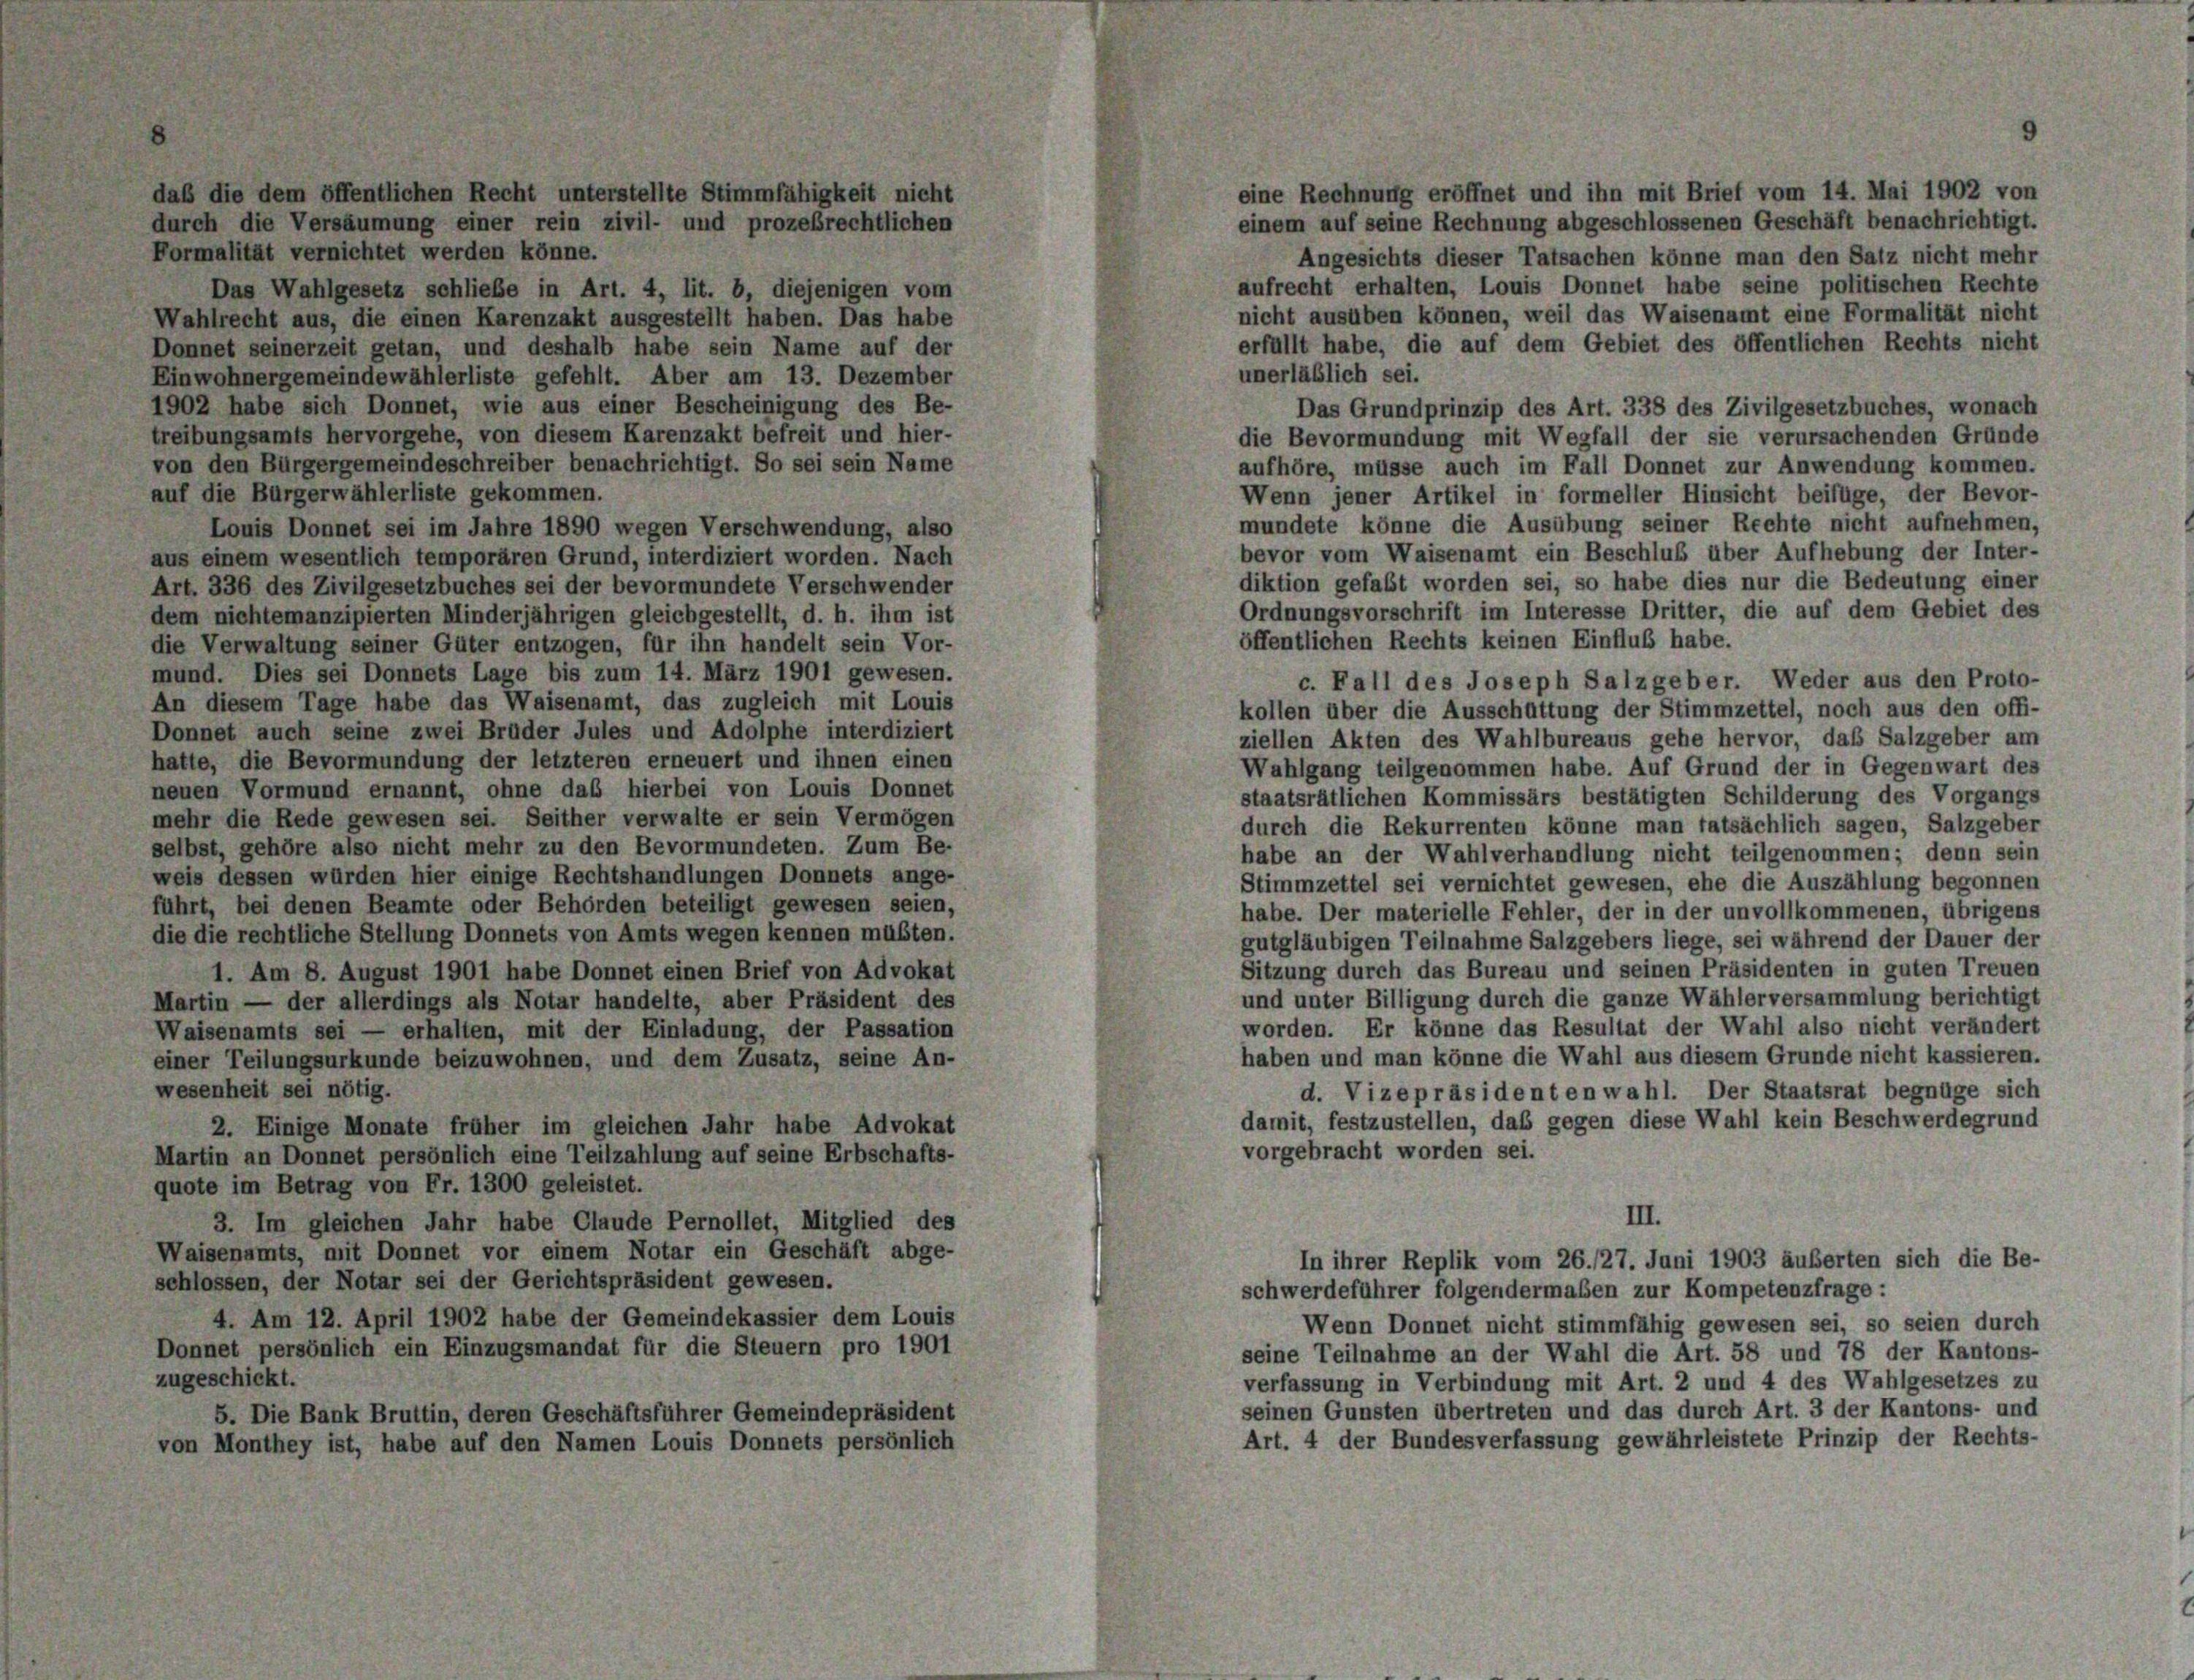
eine Rechnung eröffnet und ihn mit Brief vom 14. Mai 1902 von
daß die dem öffentlichen Recht unterstellte Stimmfähigkeit nicht
einem auf seine Rechnung abgeschlossenen Geschäft benachrichtigt.
durch die Versäumung einer rein zivil- und prozesrechtlichen
Formalität vernichtet werden könne.
Angesichts dieser Tatsachen könne man den Satz nicht mehr
aufrecht erhalten, Louis Donnet habe seine politischen Rechte
Das Wahlgesetz schliebe in Art. 4, lit. b, diejenigen vom
nicht ausüben können, weil das Waisenamt eine Formalität nicht
Wahlrecht aus, die einen Karenzakt ausgestellt haben. Das habe
erfüllt habe, die auf dem Gebiet des öffentlichen Rechts nicht
Donnet seinerzeit getan, und deshalb habe sein Name auf der
unerläßlich sei.
Einwohnergemeindewählerliste gefehlt. Aber am 13. Dezember
1902 habe sich Donnet, wie aus einer Bescheinigung des Be-
Das Grundprinzip des Art. 338 des Zivilgesetzbuches, wonach
treibungsamts hervorgehe, von diesem Karenzakt befreit und hier-
die Bevormundung mit Wegfall der sie verursachenden Gründe
von den Bürgergemeindeschreiber benachrichtigt. So sei sein Name
aufhöre, müsse auch im Fall Donnet zur Anwendung kommen.
auf die Bürgerwählerliste gekommen.
Wenn jener Artikel in formeller Hinsicht beifüge, der Bevor-
mundete könne die Ausübung seiner Rechte nicht aufnehmen,
Louis Donnet sei im Jahre 1890 wegen Verschwendung, also
bevor vom Waisenamt ein Beschluß über Aufhebung der Inter-
aus einem wesentlich temporären Grund, interdiziert worden. Nach
diktion gefaßt worden sei, so habe dies nur die Bedeutung einer
Art. 336 des Zivilgesetzbuches sei der bevormundete Verschwender
Ordnungsvorschrift im Interesse Dritter, die auf dem Gebiet des
dem nichtemanzipierten Minderjährigen gleichgestellt, d. h. ihm ist
öffentlichen Rechts keinen Einflub habe.
die Verwaltung seiner Güter entzogen, für ihn handelt sein Vor-
mund. Dies sei Donnets Lage bis zum 14. März 1901 gewesen.
c. Fall des Joseph Salzgeber. Weder aus den Proto-
An diesem Tage habe das Waisenamt, das zugleich mit Louis
kollen über die Ausschüttung der Stimmzettel, noch aus den offi-
Donnet auch seine zwei Brüder Jules und Adolphe interdiziert
ziellen Akten des Wahlbureaus gehe hervor, daß Salzgeber am
hatte, die Bevormundung der letzteren erneuert und ihnen einen
Wahlgang teilgenommen habe. Auf Grund der in Gegenwart des
neuen Vormund ernannt, ohne das hierbei von Louis Donnet
staatsrätlichen Kommissärs bestätigten Schilderung des Vorgangs
mehr die Rede gewesen sei. Seither verwalte er sein Vermögen
durch die Rekurrenten könne man tatsächlich sagen, Salzgeber
selbst, gehöre also nicht mehr zu den Bevormundeten. Zum Be-
habe an der Wahlverhandlung nicht teilgenommen; denn sein
weis dessen würden hier einige Rechtshandlungen Donnets ange-
Stimmzettel sei vernichtet gewesen, ehe die Auszählung begonnen
führt, bei denen Beamte oder Behörden beteiligt gewesen seien,
habe. Der materielle Fehler, der in der unvollkommenen, übrigens
die die rechtliche Stellung Donnets von Amts wegen kennen müßten.
gutgläubigen Teilnahme Salzgebers liege, sei während der Dauer der
Sitzung durch das Bureau und seinen Präsidenten in guten Treuen
1. Am 8. August 1901 habe Donnet einen Brief von Advokat
und unter Billigung durch die ganze Wähler versammlung berichtigt
Martin — der allerdings als Notar handelte, aber Präsident des
worden. Er könne das Resultat der Wahl also nicht verändert
Waisenamts sei — erhalten, mit der Einladung, der Passation
haben und man könne die Wahl aus diesem Grunde nicht kassieren.
einer Teilungsurkunde beizuwohnen, und dem Zusatz, seine An-
wesenheit sei nötig.
d. Vizepräsidenten wahl. Der Staatsrat begnüge sich
damit, festzustellen, das gegen diese Wahl kein Beschwerdegrund
2. Einige Monate früher im gleichen Jahr habe Advokat
vorgebracht worden sei.
Martin an Donnet persönlich eine Teilzahlung auf seine Erbschafts-
quote im Betrag von Fr. 1300 geleistet.
III.
3. Im gleichen Jahr habe Claude Pernollet, Mitglied des
Waisenamts, mit Donnet vor einem Notar ein Geschäft abge-
In ihrer Replik vom 26./27. Juni 1903 äußerten sich die Be-
schlossen, der Notar sei der Gerichtspräsident gewesen.
schwerdeführer folgendermaßen zur Kompetenzfrage:
4. Am 12. April 1902 habe der Gemeindekassier dem Louis
Wenn Donnet nicht stimmfähig gewesen sei, so seien durch
Donnet persönlich ein Einzugsmandat für die Steuern pro 1901
seine Teilnahme an der Wahl die Art. 58 und 78 der Kantons-
zugeschickt.
verfassung in Verbindung mit Art. 2 und 4 des Wahlgesetzes zu
seinen Gunsten übertreten und das durch Art. 3 der Kantons- und
5. Die Bank Bruttin, deren Geschäftsführer Gemeindepräsident
Art. 4 der Bundesverfassung gewährleistete Prinzip der Rechts-
von Monthey ist, habe auf den Namen Louis Donnets persönlich